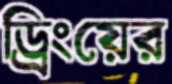
ড্রিংয়ের